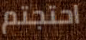
احتجتم